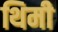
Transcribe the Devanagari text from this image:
थिमी